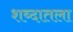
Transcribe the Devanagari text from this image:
शब्दातला